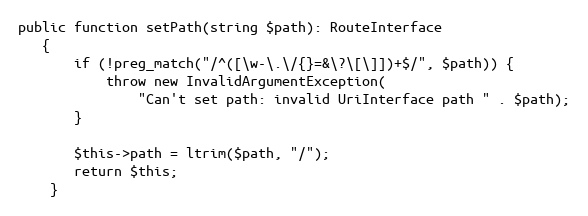
Language: PHP
public function setPath(string $path): RouteInterface
   {
       if (!preg_match("/^([\w-\.\/{}=&\?\[\]])+$/", $path)) {
           throw new InvalidArgumentException(
               "Can't set path: invalid UriInterface path " . $path);
       }

       $this->path = ltrim($path, "/");
       return $this;
    }